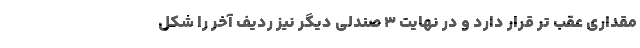
مقداری عقب تر قرار دارد و در نهایت 3 صندلی دیگر نیز ردیف آخر را شکل